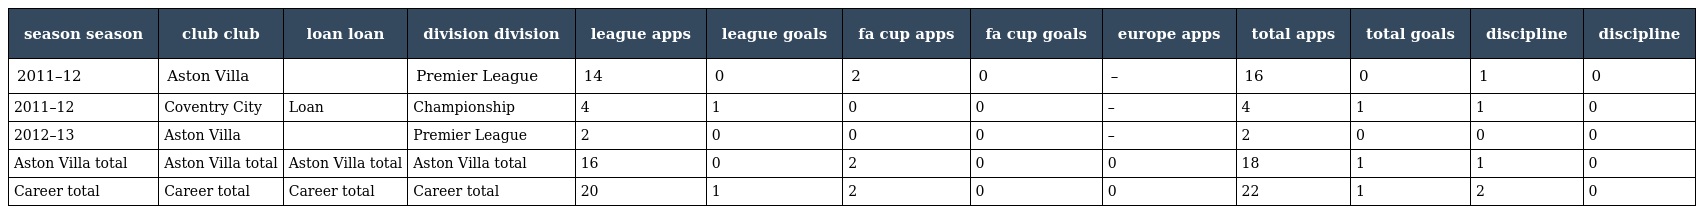
| season season | club club | loan loan | division division | league apps | league goals | fa cup apps | fa cup goals | europe apps | total apps | total goals | discipline | discipline |
 | --- | --- | --- | --- | --- | --- | --- | --- | --- | --- | --- | --- | --- |
 | 2011–12 | Aston Villa |  | Premier League | 14 | 0 | 2 | 0 | – | 16 | 0 | 1 | 0 |
 | 2011–12 | Coventry City | Loan | Championship | 4 | 1 | 0 | 0 | – | 4 | 1 | 1 | 0 |
 | 2012–13 | Aston Villa |  | Premier League | 2 | 0 | 0 | 0 | – | 2 | 0 | 0 | 0 |
 | Aston Villa total | Aston Villa total | Aston Villa total | Aston Villa total | 16 | 0 | 2 | 0 | 0 | 18 | 1 | 1 | 0 |
 | Career total | Career total | Career total | Career total | 20 | 1 | 2 | 0 | 0 | 22 | 1 | 2 | 0 |